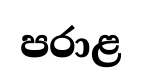
පරාළ